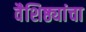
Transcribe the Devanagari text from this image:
वैशिष्ठ्यांचा